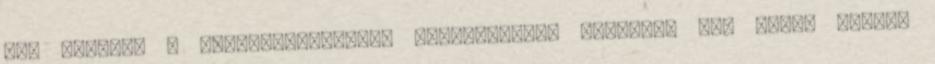
még kevésbé a magasabbrendűség csalhatatlan jelének. Egy ideje tudom,